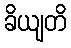
ခိယျတိ